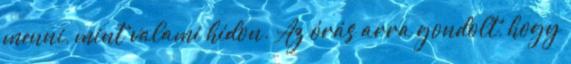
menni, mint valami hídon. Az órás arra gondolt, hogy